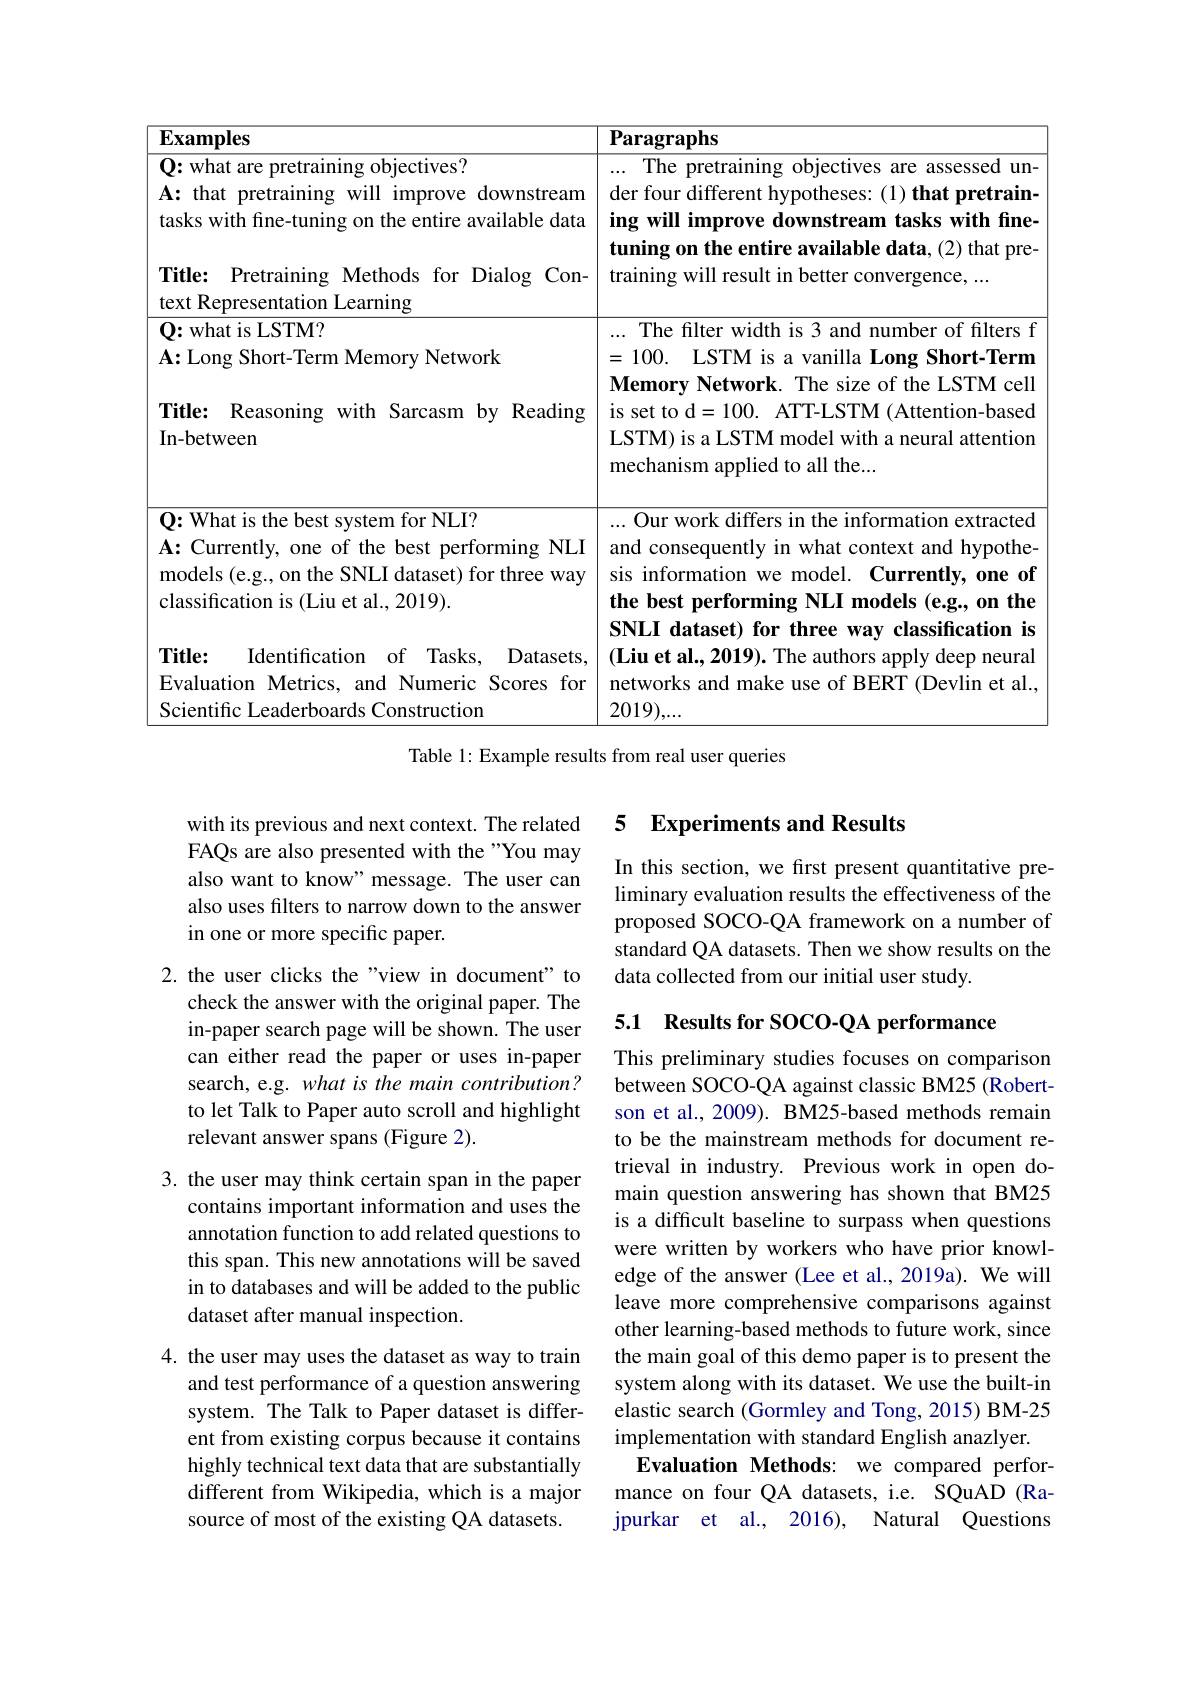
<table>
	<tbody>
		<tr>
			<th>$\mathbf{Examples}$</th>
			<th>$\textbf{Paragraphs}$</th>
		</tr>
		<tr>
			<td>$\mathbf{Q}{:}$what are pretraining objectives? $\mathbf{A}\colon$ that pretraining will improve downstream tasks with fine-tuning on the entire available data Title: Pretraining Methods for Dialog Con-</td>
			<td>The pretraining objectives are assessed un- ... der four different hypotheses: (1) that pretrain ing will improve downstream tasks with fine tuning on the entire available data, (2) that pre training will result in better convergence, ...</td>
		</tr>
		<tr>
			<td>Prcscmta $\underset{\mathrm{Canmng}}{\operatorname*{\operatorname*{\operatorname*{\operatorname*{{\kappa anmg}}}}}}$ $\mathbf{Q}{:}$what is LSTM? $\mathbf{A}{:}$Long Short-Term Memory Network Title: Reasoning with Sarcasm by Reading In-between</td>
			<td>... The filter width is 3 and number of filters f =100. LSTM is a vanilla Long Short-Term Memory Network. The size of the LSTM cell is set to d=100. ATT-LSTM (Attention-based LSTM) is a LSTM model with a neural attention mechanism applied to all the...</td>
		</tr>
		<tr>
			<td>$\mathbf{Q}{:}$What is the best system for NLI? $\mathbf{A:}$Currently, one of the best performing NLI models (e.g., on the SNLI dataset) for three way classification is (Liu et al., 2019). Title: Identification of Tasks, Datasets, Evaluation Metrics, and Numeric Scores for Scientific Leaderboards Construction</td>
			<td>... Our work differs in the information extracted and consequently in what context and hypothe sis information we model. Currently, one of the best performing NLI models (e.g., on the SNLI dataset) for three way classification is $( \textbf{Liu et al. , 2019) . The authors apply deep neural}$ networks and make use of BERT (Devlin et al. 2019),..</td>
		</tr>
	</tbody>
</table>
Table 1: Example results from real user queries

with its previous and next context. The related FAQs are also presented with the "You may also want to know" message. The user can also uses filters to narrow down to the answer in one or more specific paper.

2. the user clicks the "view in document" to
check the answer with the original paper. The in-paper search page will be shown. The user can either read the paper or uses in-paper search, e.g. what is the main contribution? to let Talk to Paper auto scroll and highlight relevant answer spans (Figure 2).

3. the user may think certain span in the paper
contains important information and uses the annotation function to add related questions to this span. This new annotations will be saved in to databases and will be added to the public dataset after manual inspection.

4. the user may uses the dataset as way to train
and test performance of a question answering system. The Talk to Paper dataset is different from existing corpus because it contains highly technical text data that are substantially different from Wikipedia, which is a major source of most of the existing QA datasets.

### 5 Experiments and Results

In this section, we first present quantitative preliminary evaluation results the effectiveness of the proposed SOCO-QA framework on a number of standard QA datasets. Then we show results on the data collected from our initial user study.

## 5.1 Results for SOCO-QA performance

This preliminary studies focuses on comparison between SOCO-QA against classic BM25 (Robertson et al., 2009). BM25-based methods remain to be the mainstream methods for document retrieval in industry. Previous work in open domain question answering has shown that BM25 is a difficult baseline to surpass when questions were written by workers who have prior knowledge of the answer (Lee et al., 2019a). We will leave more comprehensive comparisons against other learning-based methods to future work, since the main goal of this demo paper is to present the system along with its dataset. We use the built-in elastic search (Gormley and Tong, 2015) BM-25 implementation with standard English anazlyer.
Evaluation Methods: we compared performance on four QA datasets, i.e. SQuAD (Rajpurkar et al., 2016), Natural Questions